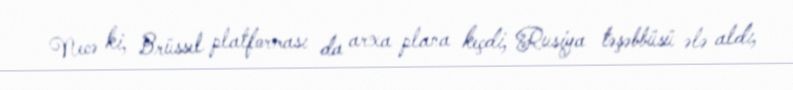
Necə ki, Brüssel platforması da arxa plana keçdi, Rusiya təşəbbüsü ələ aldı,